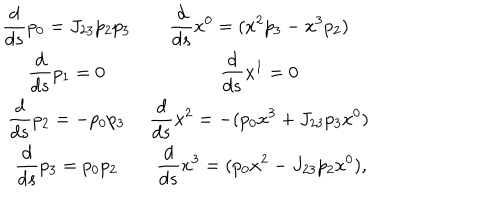
LaTeX: \begin{array} { c c } { { \displaystyle \frac { d } { d s } p _ { 0 } = J _ { 2 3 } p _ { 2 } p _ { 3 } } } & { { \displaystyle \frac { d } { d s } x ^ { 0 } = ( x ^ { 2 } p _ { 3 } - x ^ { 3 } p _ { 2 } ) \ } } \\ { { \displaystyle \frac { d } { d s } p _ { 1 } = 0 } } & { { \displaystyle \frac { d } { d s } x ^ { 1 } = 0 \ } } \\ { { \displaystyle \frac { d } { d s } p _ { 2 } = - p _ { 0 } p _ { 3 } } } & { { \displaystyle \frac { d } { d s } x ^ { 2 } = - ( p _ { 0 } x ^ { 3 } + J _ { 2 3 } p _ { 3 } x ^ { 0 } ) \ } } \\ { { \displaystyle \frac { d } { d s } p _ { 3 } = p _ { 0 } p _ { 2 } } } & { { \displaystyle \frac { d } { d s } x ^ { 3 } = ( p _ { 0 } x ^ { 2 } - J _ { 2 3 } p _ { 2 } x ^ { 0 } ) , } } \\ \end{array}